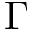
\Gamma